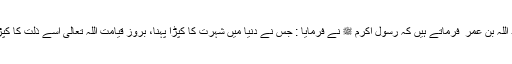
حضرت عبد اللہ بن عمر ؓ فرماتے ہیں کہ رسول اکرم ﷺ نے فرمایا : جس نے دنیا میں شہرت کا کپڑا پہنا، بروز قیامت اللہ تعالیٰ اسے ذلت کا کپڑا پہنائے گا۔